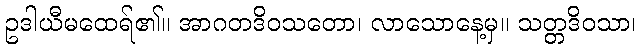
ဥဒါယီမထေရ်၏။ အာဂတဒိဝသတော၊ လာသောနေ့မှ။ သတ္တဒိဝသာ၊